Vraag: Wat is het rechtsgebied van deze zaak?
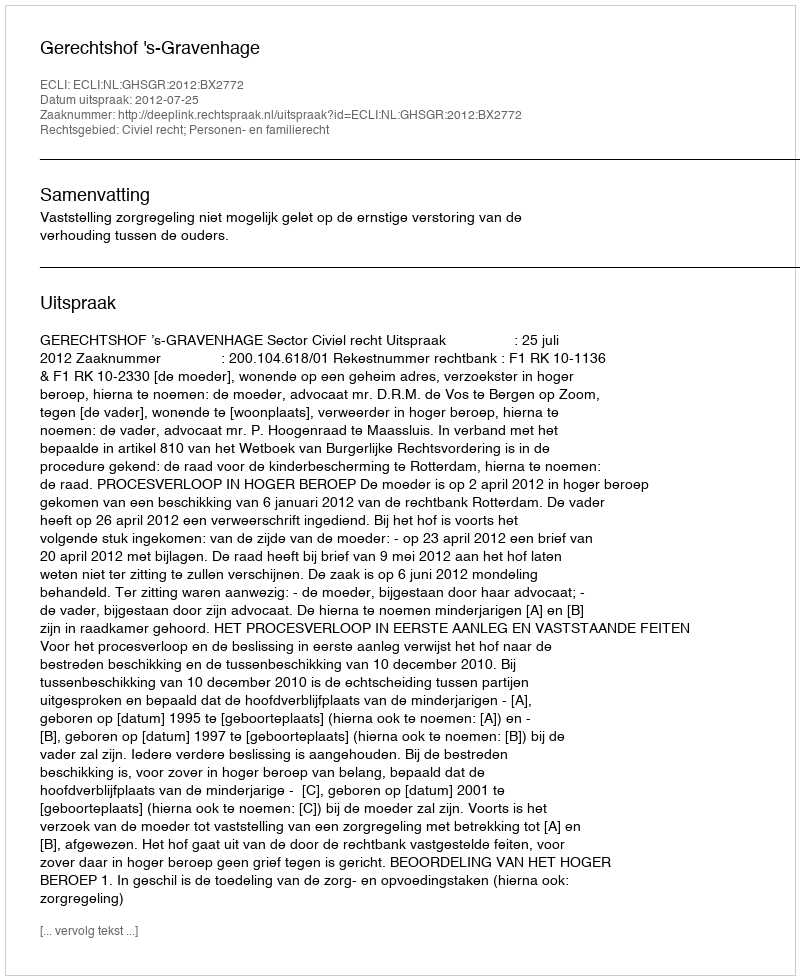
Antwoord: Civiel recht; Personen- en familierecht